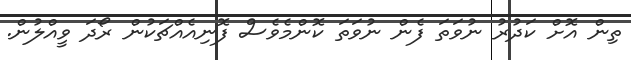
ތިން އޮށް ކަދުރު ނުވަތަ ފެން ނުވަތަ ކޮންމެވެސް ފޮނިއެއްޗަކުން ރޯދަ ވީއްލުން.